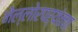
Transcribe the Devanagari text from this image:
नेल्लोरपर्यंतचा